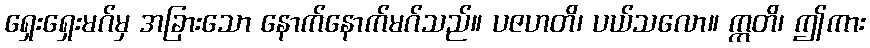
ရှေးရှေးမဂ်မှ အခြားသော နောက်နောက်မဂ်သည်။ ပဇဟတိ၊ ပယ်သလော။ ဣတိ၊ ဤကား